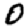
Digit: 0